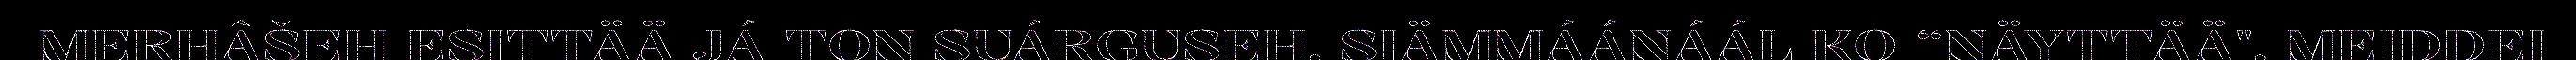
MERHÂŠEH ESITTÄÄ JÁ TON SUÁRGUSEH. SIÄMMÁÁNÁÁL KO “NÄYTTÄÄ", MEIDDEI